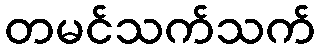
တမင်သက်သက်